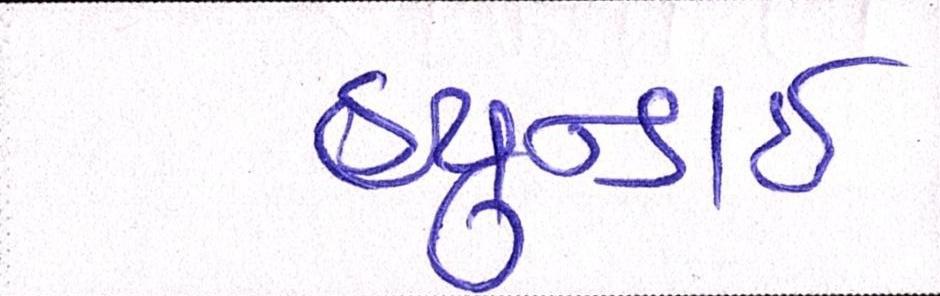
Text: હ્યુન્ડાઇ